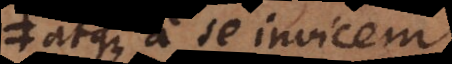
atque a se invicem